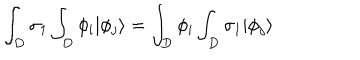
\int _ { D } \sigma _ { 1 } \int _ { D } \phi _ { i } | \phi _ { j } \rangle = \int _ { D } \phi _ { i } \int _ { D } \sigma _ { 1 } | \phi _ { j } \rangle \,